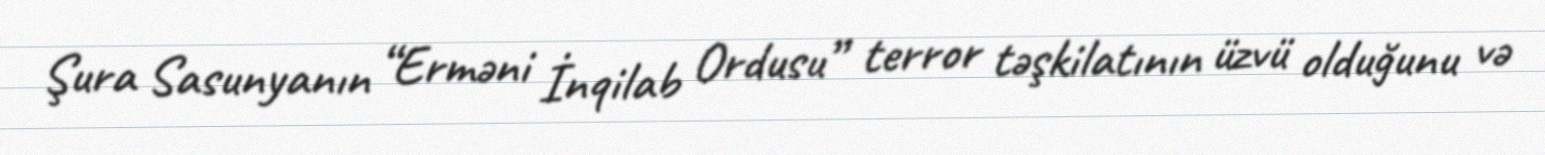
Şura Sasunyanın “Erməni İnqilab Ordusu” terror təşkilatının üzvü olduğunu və